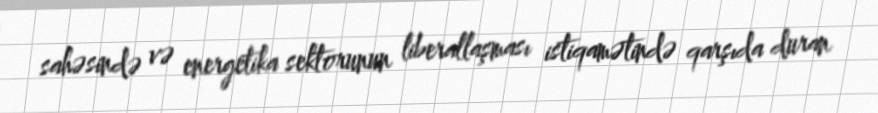
sahəsində və energetika sektorunun liberallaşması istiqamətində qarşıda duran